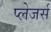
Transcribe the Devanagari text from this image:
प्लेजर्स